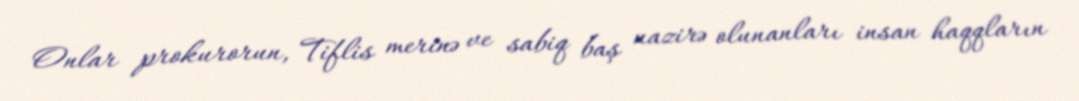
Onlar prokurorun, Tiflis merinə ve sabiq baş nazirə olunanları insan haqqların